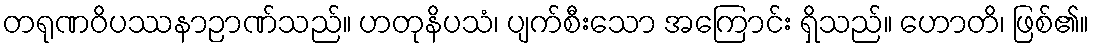
တရုဏဝိပဿနာဉာဏ်သည်။ ဟတုနိပသံ၊ ပျက်စီးသော အကြောင်း ရှိသည်။ ဟောတိ၊ ဖြစ်၏။